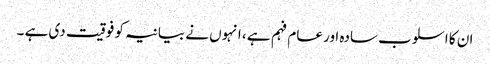
ان کا اسلوب سادہ اور عام فہم ہے ، انہوں نے بیانیہ کو فوقیت دی ہے ۔